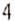
4